system: You are a helpful assistant.
user:
Analyze the provided spectrum to determine if it is a **S-type Star**.

- **Key Indicators for S-type Star:**

    - **(Overall Spectrum Shape):** The first and most obvious characteristic is the overall continuum (the "baseline" shape). It is **extremely "red-sloping,"** meaning the flux (light intensity) is very low on the left side (blue, ~4000-4500 Å) and rises steeply and continuously toward the right side (red, ~7000 Å+).

    - **(Primary):** The spectrum is defined by the presence of strong, broad molecular absorption "valleys" (bands) from **Zirconium Oxide (ZrO)**. The identification of these bands is the **primary requirement** for classifying a star as S-type.
        - **(Key Bandheads):** You must find distinct, deep "dips" where the light has been absorbed. The most critical band systems to locate are:
            - **~6474 Å** ($\gamma$-system): This is often the strongest and clearest ZrO feature, found in the red part of the spectrum.
            - **~5718 Å** & **~5551 Å** ($\beta$-system): A pair of prominent absorption features in the yellow-orange part of the spectrum.
            - **~4640 Å** ($\alpha$-system): A key absorption band system in the blue-green region of the spectrum.

    - **(Secondary Confirmation):** The classification is strengthened by finding additional absorption bands from other related heavy element oxides, which are expected to be present alongside ZrO.
        - **(Key Bandheads):**
            - **Yttrium Oxide (YO):** Look for absorption dips near **~4800 Å** and **~6100 Å**.
            - **Lanthanum Oxide (LaO):** Additional absorption features, particularly in the red-orange part of the spectrum, are also characteristic.

    - **(Line Profile):** The combination of the steep red continuum and these numerous, deep molecular bands (ZrO, YO, etc.) gives the entire spectrum a very **"chopped-up"** or **"bumpy"** appearance. Instead of a smooth curve, the spectrum looks as though large, wide chunks of light have been "carved out" of it at the specific wavelengths listed above.

Think first, call **spectral_visualization_tool** if needed to examine features in detail, then provide your final answer. Your response must adhere to the following strict rules:
1.  **Overall Structure:** Your response must follow the format `<think>...</think> <tool_call>...</tool_call> (if a tool is used) <answer>...</answer>`.
2.  **Tool Usage Constraint:** You may only make **one** tool call per turn.
3.  **Final Answer Format:** In the `<answer>` tag, your conclusion must be inside a `\boxed{}` command (e.g., `\boxed{YES}` or `\boxed{NO}`), followed by your justification.

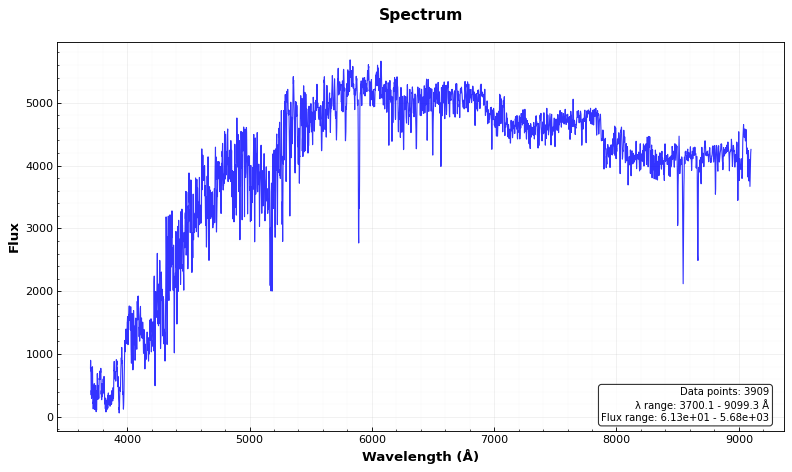
Answer: NO